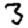
Digit: 3